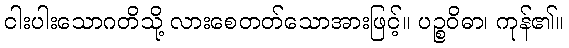
ငါးပါးသောဂတိသို့ လားစေတတ်သောအားဖြင့်။ ပဉ္စဝိဓာ၊ ကုန်၏။